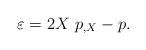
LaTeX: \begin{align*}\varepsilon =2X\ p_{,X}-p. \end{align*}